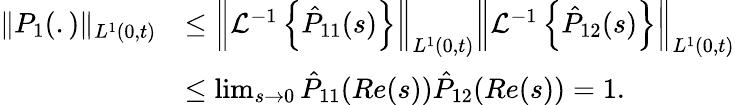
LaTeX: \begin{array}{rl}{\| P_{1}(.)\| _{L^{1}(0,t)}}&{\leq\left\| \mathcal{L}^{-1}\left\{ \hat{P}_{11}(s)\right\} \right\| _{L^{1}(0,t)}\left\| \mathcal{L}^{-1}\left\{ \hat{P}_{12}(s)\right\} \right\| _{L^{1}(0,t)}}\\ &{\leq\operatorname*{lim}_{s\to 0}\hat{P}_{11}(Re(s))\hat{P}_{12}(Re(s))=1.}\end{array}